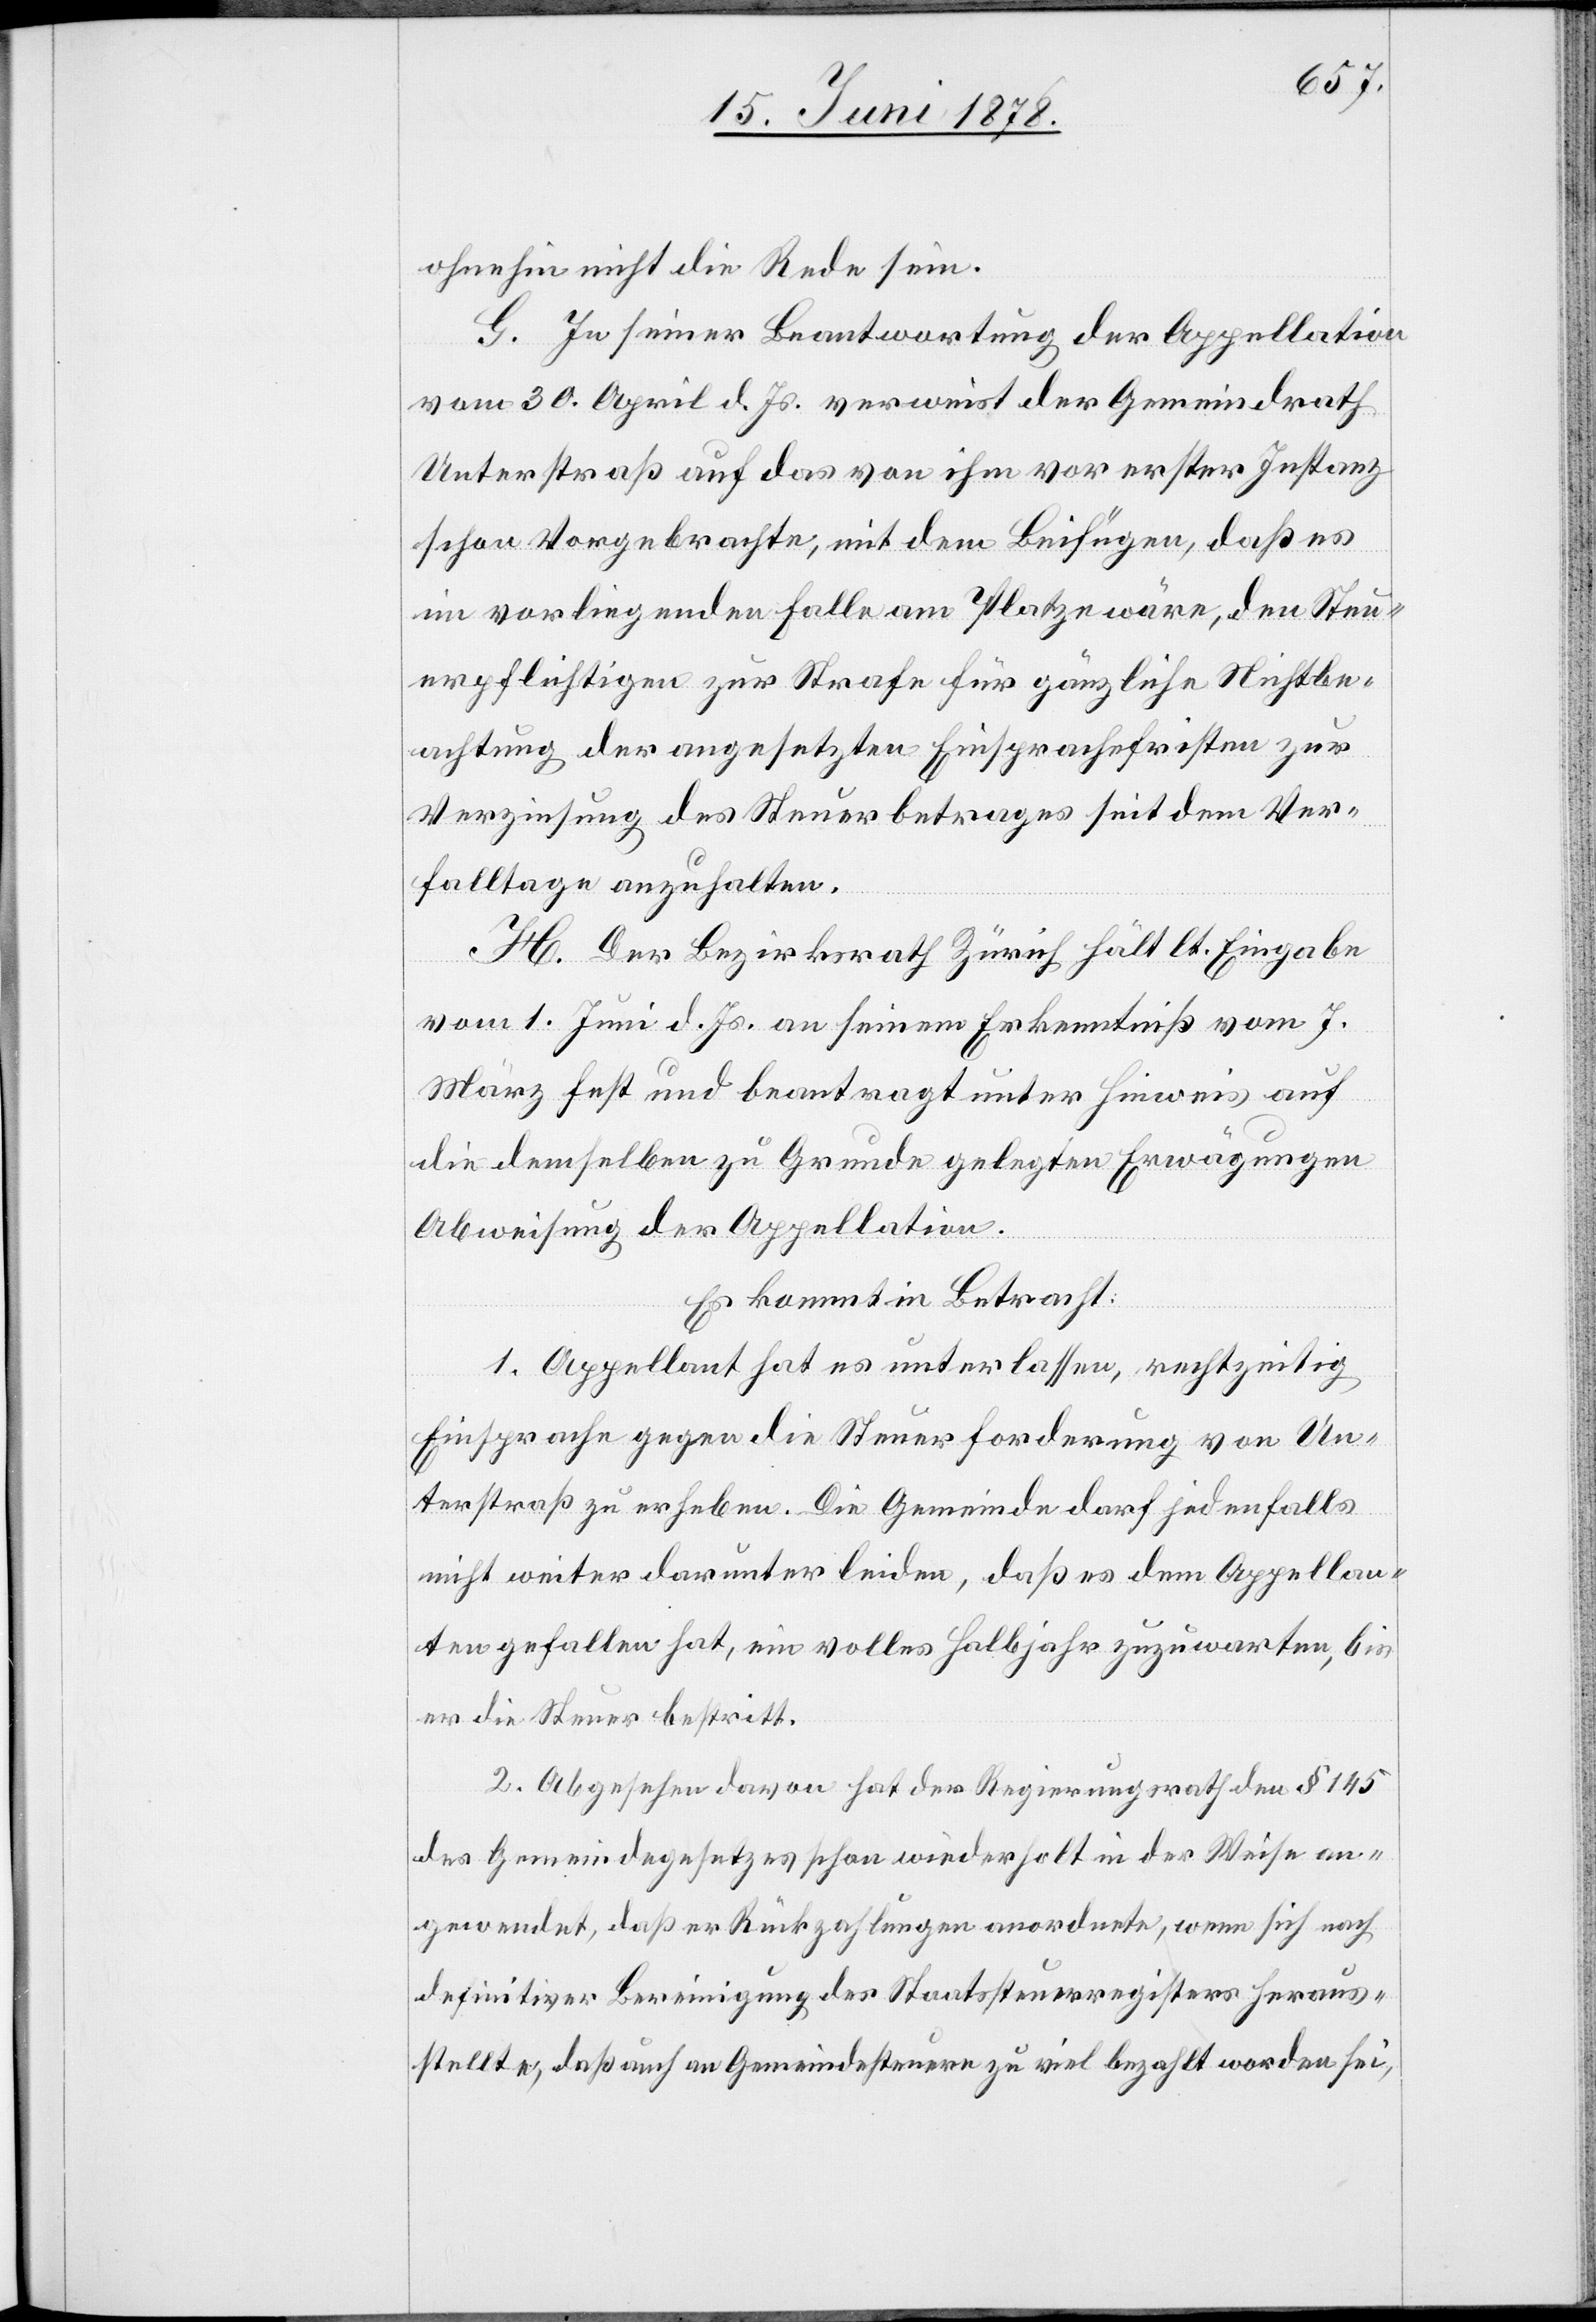
ohnehin nicht die Rede sein.
G. In seiner Beantwortung der Appellation
vom 30. April d. Js. verweist der Gemeindrath
Unterstraß auf das von ihm vor erster Instanz
schon Vorgebrachte, mit dem Beifügen, daß es
im vorliegenden Falle am Platze wäre, den Steu¬
erpflichtigen zur Strafe für gänzliche Nichtbe¬
achtung der angesetzten Einsprachefristen zur
Verzinsung des Steuerbetrages seit dem Ver¬
falltage anzuhalten.
H. Der Bezirksrath Zürich hält lt. Eingabe
vom 1. Juni d. Js. an seinem Erkenntniß vom 7.
März fest und beantragt unter Hinweis auf
die demselben zu Grunde gelegten Erwägungen
Abweisung der Appellation.
Es kommt in Betracht:
1. Appellant hat es unterlassen, rechtzeitig
Einsprache gegen die Steuerforderung von Un¬
terstraß zu erheben. Die Gemeinde darf jedenfalls
nicht weiter darunter leiden, daß es dem Appellan¬
ten gefallen hat, ein volles Halbjahr zuzuwarten, bis
er die Steuer bestritt.
2. Abgesehen davon hat der Regierungsrath den § 145
des Gemeindegesetzes schon wiederholt in der Weise an¬
gewendet, daß er Rückzahlungen anordnete, wenn sich nach
definitiver Bereinigung des Staatssteuerregisters heraus¬
stellte, daß auch an Gemeindesteuern zu viel bezahlt worden sei,